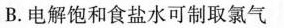
B.电解饱和食盐水可制取氯气